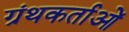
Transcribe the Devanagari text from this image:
ग्रंथकर्ताओं